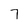
Character: 7